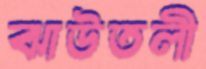
ঝাউতলী